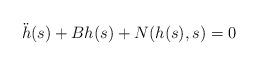
LaTeX: \begin{align*} \ddot{h}(s)+B h(s)+N(h(s),s)=0 \end{align*}